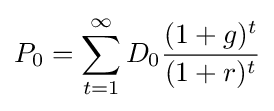
P_{0}=\sum _{t=1}^{\infty }{D_{0}}{\frac {(1+g)^{t}}{(1+r)^{t}}}